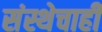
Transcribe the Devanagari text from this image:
संस्थेचाही